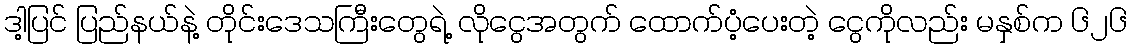
ဒါ့ပြင် ပြည်နယ်နဲ့ တိုင်းဒေသကြီးတွေရဲ့ လိုငွေအတွက် ထောက်ပံ့ပေးတဲ့ ငွေကိုလည်း မနှစ်က ၆၂၆